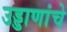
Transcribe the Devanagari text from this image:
उड्डाणांचे